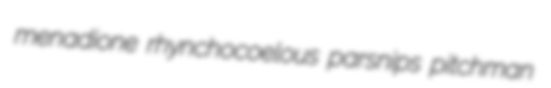
menadione rhynchocoelous parsnips pitchman